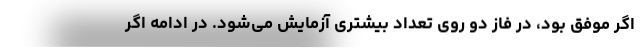
اگر موفق بود، در فاز دو روی تعداد بیشتری آزمایش می‌شود. در ادامه اگر